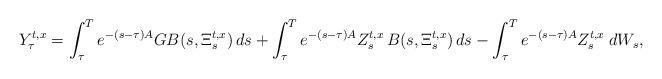
LaTeX: \begin{align*} Y_{\tau}^{t,x}=\int_\tau^Te^{-(s-\tau){A}}G B(s,\Xi^{t,x}_s)\,ds+\int_\tau^Te^{-(s-\tau){A}} Z_s^{t,x}\, B(s,\Xi^{t,x}_s)\,ds- \int_\tau^Te^{-(s-\tau){A}} Z^{t,x}_{s}\;d W_s,\end{align*}